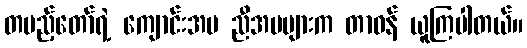
တပည့်တော်ရဲ့ ကျောင်းအမ ညီအမများက တာဝန် ယူကြပါတယ်။